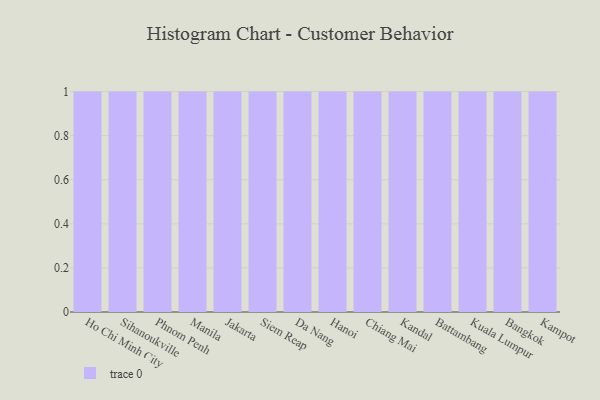
{"axis": {"x": "City", "y": "Production Output"}, "legend": [""], "data": [{"x": "Ho Chi Minh City", "y": 66, "type": ""}, {"x": "Sihanoukville", "y": 70, "type": ""}, {"x": "Phnom Penh", "y": 89, "type": ""}, {"x": "Manila", "y": 82, "type": ""}, {"x": "Jakarta", "y": 87, "type": ""}, {"x": "Siem Reap", "y": 100, "type": ""}, {"x": "Da Nang", "y": 68, "type": ""}, {"x": "Hanoi", "y": 3, "type": ""}, {"x": "Chiang Mai", "y": 54, "type": ""}, {"x": "Kandal", "y": 6, "type": ""}, {"x": "Battambang", "y": 73, "type": ""}, {"x": "Kuala Lumpur", "y": 69, "type": ""}, {"x": "Bangkok", "y": 88, "type": ""}, {"x": "Kampot", "y": 62, "type": ""}]}